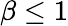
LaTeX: \beta\le 1